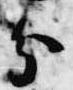
分